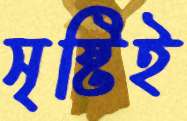
সৃষ্টিই